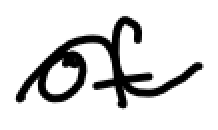
Text: of
Cross-out: wave
Writing tool: digital_black